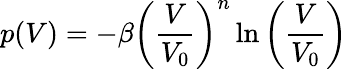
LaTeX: p(V)=-\beta\left({\frac{V}{V_{0}}}\right)^{n}\ln\left({\frac{V}{V_{0}}}\right)